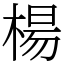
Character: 楊